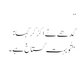
”
گدھے نے اکڑ کر کہا:
"تُو بہت گستاخ ہے۔